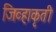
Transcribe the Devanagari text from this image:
जिव्हाकृती